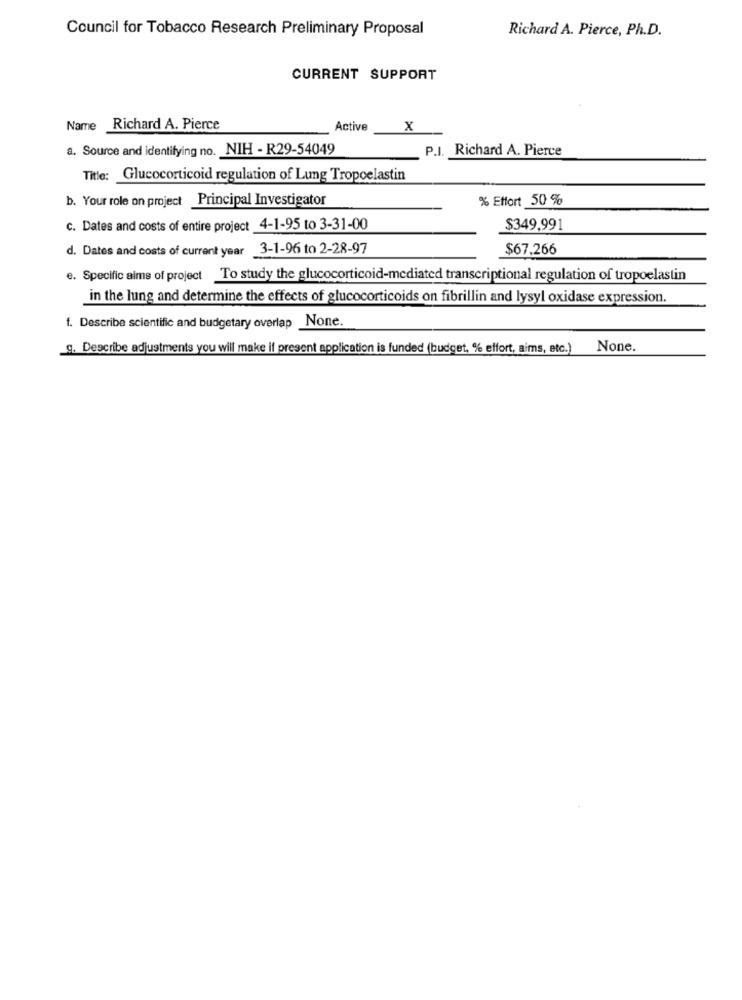
Council for Tobacco Research Preliminary Proposal
Richard A. Pierce, Ph.D.
CURRENT SUPPORT
Name Richard A. Pierce
Active
X
a. Source and identifying no. NIH - R29-54049
P.I. Richard A. Pierce
Title: Glucocorticoid regulation of Lung Tropoelastin
b. Your role on project Principal Investigator
% Effort 50 %
c. Dates and costs of entire project 4-1-95 to 3-31-00
$349.991
d. Dates and costs of current year 3-1-96 to 2-28-97
$67,266
e. Specific aims of project To study the glucocorticoid-mediated transcriptional regulation of tropoelastin
in the lung and determine the effects of glucocorticoids on fibrillin and lysyl oxidase expression.
f. Describe scientific and budgetary overlap None.
g. Describe adjustments you will make if present application is funded (budget, % effort, aims, etc.)
None.